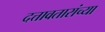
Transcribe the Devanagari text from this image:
दत्तावतारांच्या